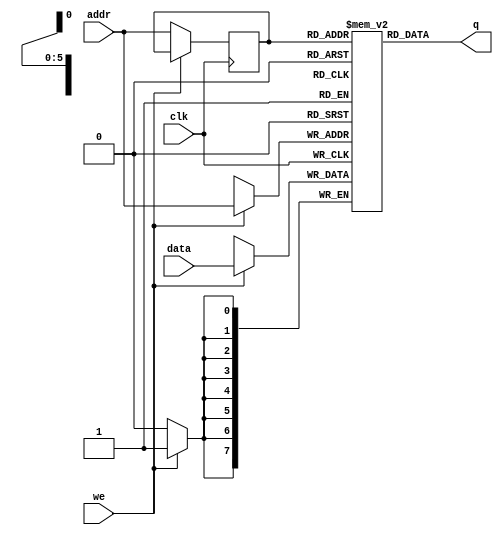
`timescale 1ns / 1ps
//////////////////////////////////////////////////////////////////////////////////
// Company: 
// Engineer: 
// 
// Module Name:    single_port_ram 
// Project Name:  Single Port RAM
//Author Name: Ummidi Chandrika

//////////////////////////////////////////////////////////////////////////////////
module single_port_ram
#(parameter addr_width = 6,
parameter data_width = 8,
parameter depth = 64)
                (
                input [data_width-1:0] data,  //this is input data
				input [addr_width-1:0] addr,  //address
				input we,clk,                 //we is read and write control,high is write, low is read
				output [data_width-1:0] q     //q is outptut data
				);
				

//Declare RAM variable
reg [data_width-1:0] ram [depth-1:0];

//address register
reg [addr_width-1:0] addr_reg;

always @(posedge clk)
begin
if(we)                     //if we=1 write data into RAM
     ram[addr] <=data; 
	 else                  //if we=0 then read data out
	     addr_reg <=addr;  //gets address value from outisde of module
end
assign q= ram[addr_reg];  //read data to q

endmodule